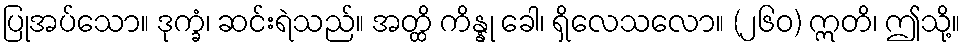
ပြုအပ်သော။ ဒုက္ခံ၊ ဆင်းရဲသည်။ အတ္ထိ ကိန္နု ခေါ၊ ရှိလေသလော။ (၂၆၀) ဣတိ၊ ဤသို့။